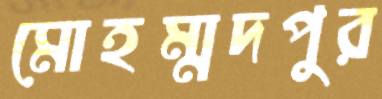
মোহম্মদপুর